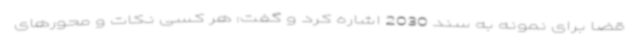
قضا برای نمونه به سند 2030 اشاره کرد و گفت: هر کسی نکات و محورهای